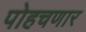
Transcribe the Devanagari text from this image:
पोहचणार